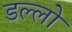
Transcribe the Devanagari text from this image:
डल्लो